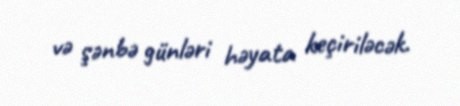
və şənbə günləri həyata keçiriləcək.